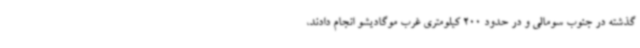
گذشته در جنوب سومالی و در حدود 200 کیلومتری غرب موگادیشو انجام دادند،